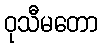
ဝုသီမတော